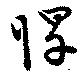
悍